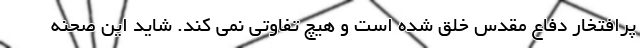
پرافتخار دفاع مقدس خلق شده است و هیچ تفاوتی نمی کند. شاید این صحنه